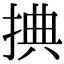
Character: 捵